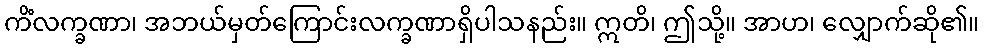
ကိံလက္ခဏာ၊ အဘယ်မှတ်ကြောင်းလက္ခဏာရှိပါသနည်း။ ဣတိ၊ ဤသို့။ အာဟ၊ လျှောက်ဆို၏။